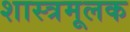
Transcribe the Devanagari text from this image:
शास्त्रमूलक